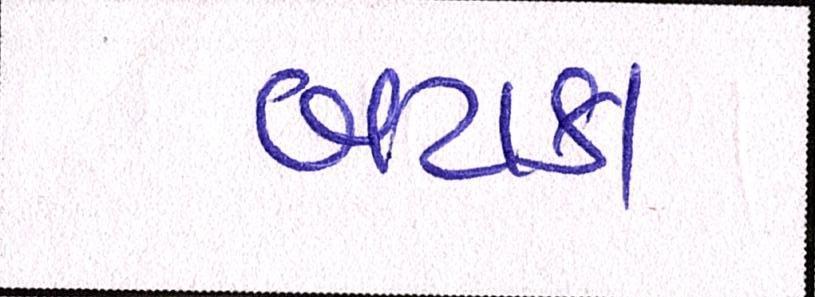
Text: બટાકા